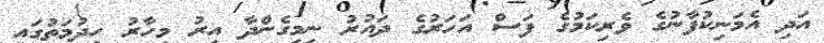
އަދި އެމަނިކުފާނުގެ ވެރިކަމުގެ ފަސް އަހަރުގެ ދައުރު ނިމިގެންދާ އިރު މިހާރު ހިދުމަތުގައި